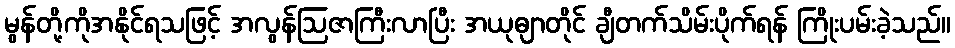
မွန်တို့ကိုအနိုင်ရသဖြင့် အလွန်ဩဇာကြီးလာပြီး အယုဓျာတိုင် ချီတက်သိမ်းပိုက်ရန် ကြိုးပမ်းခဲ့သည်။